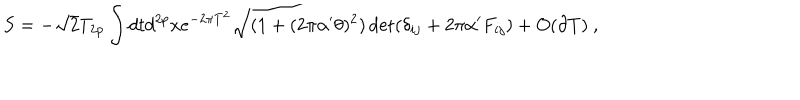
S = - \sqrt { 2 } T _ { 2 p } \int d t d ^ { 2 p } x e ^ { - 2 \pi T ^ { 2 } } \sqrt { ( 1 + ( 2 \pi \alpha ^ { \prime } \theta ) ^ { 2 } ) \det ( \delta _ { i j } + 2 \pi \alpha ^ { \prime } F _ { i j } ) } + O ( \partial T ) \ ,